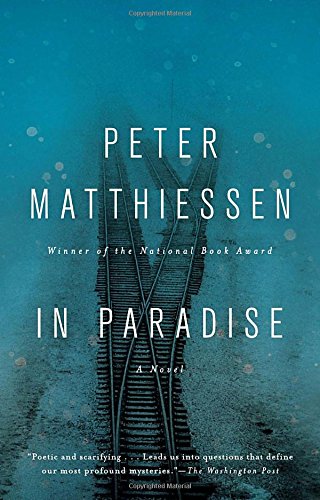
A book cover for In Paradise: A Novel; Peter Matthiessen; Literature & Fiction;